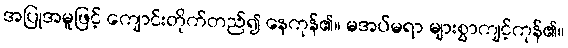
အပြုအမူဖြင့် ကျောင်းတိုက်တည်၍ နေကုန်၏။ မအပ်မရာ များစွာကျင့်ကုန်၏။